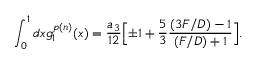
\int _ { 0 } ^ { 1 } d x g _ { 1 } ^ { p ( n ) } ( x ) = { \frac { a _ { 3 } } { 1 2 } } \Bigl [ \pm 1 + { \frac { 5 } { 3 } } { \frac { ( 3 F / D ) - 1 } { ( F / D ) + 1 } } \Bigr ] .